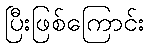
ပြီးဖြစ်ကြောင်း